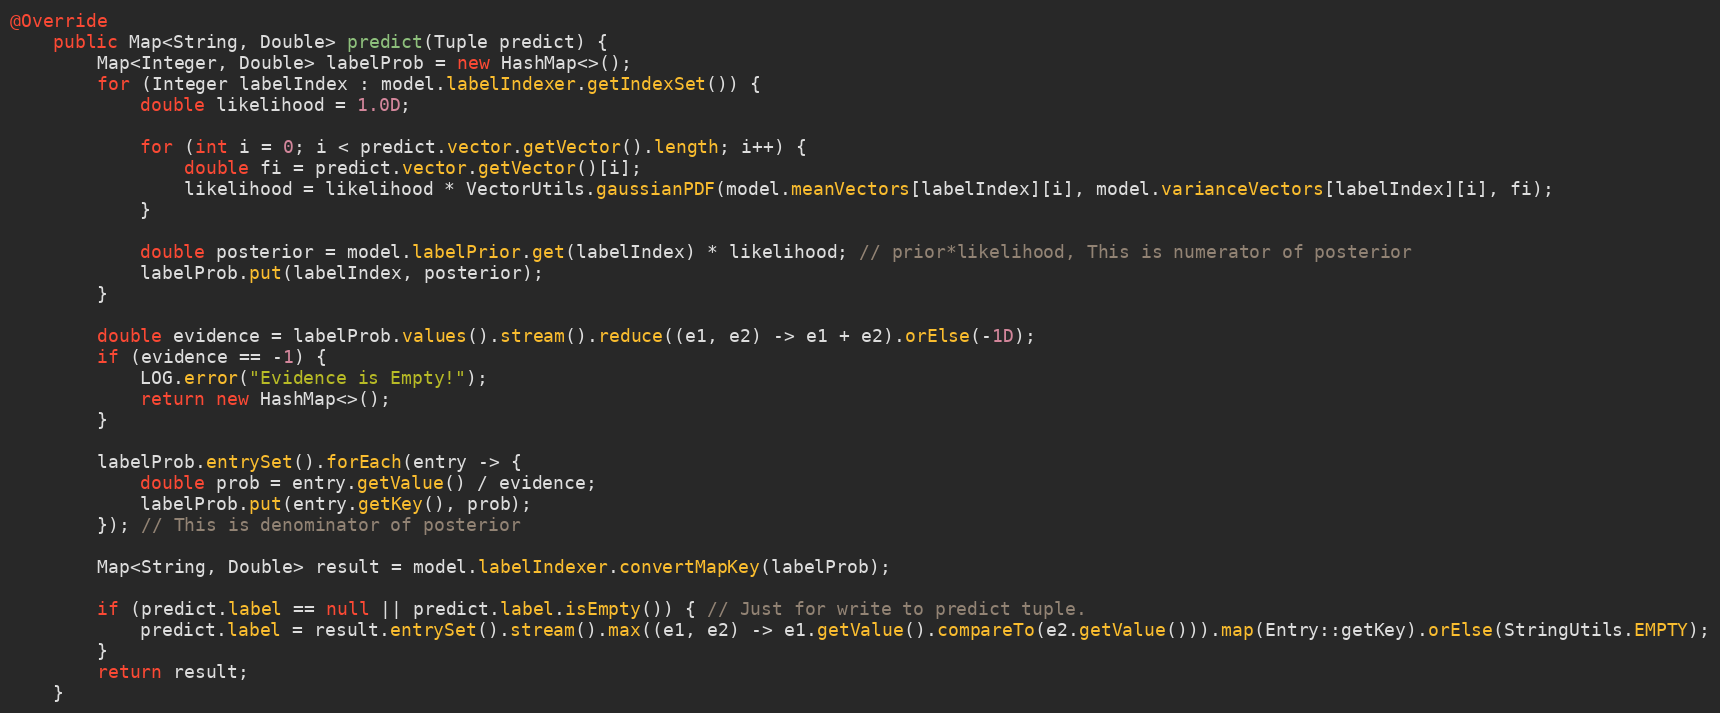
Language: Java
@Override
    public Map<String, Double> predict(Tuple predict) {
        Map<Integer, Double> labelProb = new HashMap<>();
        for (Integer labelIndex : model.labelIndexer.getIndexSet()) {
            double likelihood = 1.0D;

            for (int i = 0; i < predict.vector.getVector().length; i++) {
                double fi = predict.vector.getVector()[i];
                likelihood = likelihood * VectorUtils.gaussianPDF(model.meanVectors[labelIndex][i], model.varianceVectors[labelIndex][i], fi);
            }

            double posterior = model.labelPrior.get(labelIndex) * likelihood; // prior*likelihood, This is numerator of posterior
            labelProb.put(labelIndex, posterior);
        }

        double evidence = labelProb.values().stream().reduce((e1, e2) -> e1 + e2).orElse(-1D);
        if (evidence == -1) {
            LOG.error("Evidence is Empty!");
            return new HashMap<>();
        }

        labelProb.entrySet().forEach(entry -> {
            double prob = entry.getValue() / evidence;
            labelProb.put(entry.getKey(), prob);
        }); // This is denominator of posterior

        Map<String, Double> result = model.labelIndexer.convertMapKey(labelProb);

        if (predict.label == null || predict.label.isEmpty()) { // Just for write to predict tuple.
            predict.label = result.entrySet().stream().max((e1, e2) -> e1.getValue().compareTo(e2.getValue())).map(Entry::getKey).orElse(StringUtils.EMPTY);
        }
        return result;
    }